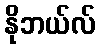
နိုဘယ်လ်